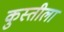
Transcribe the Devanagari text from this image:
कुस्तीला